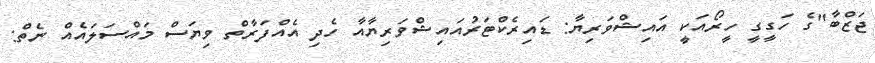
ޖަޒްބާ"ގެ ހަގީގީ ހީރޯއަކީ އައިޝްވަރިޔާ: ޑައިރެކްޓަރުއައިޝްވަރިޔާއާ ހެދި އެއްފަރާތް ވިޔަސް މައްސަލައެއް ނެތް: